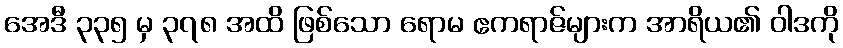
အေဒီ ၃၃၅ မှ ၃၇၈ အထိ ဖြစ်သော ရောမ ဧကရာဇ်များက အာရိယ၏ ဝါဒကို